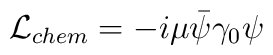
{\cal L}_{chem} = -i \mu \bar \psi \gamma_0 \psi